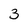
Character: 3